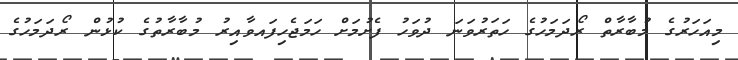
މިއަހަރުގެ މުބާރާތް ރޯދަމަހުގެ ހަތަރުވަނަ ދުވަހު ފެށުމަށް ހަމަޖެހިފައވާއިރު މުބާރާތުގެ ކުޅުން ރޯދަމަހުގެ